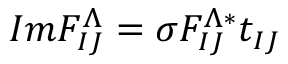
I m { \cal F } _ { I J } ^ { \Lambda } = \sigma { \cal F } _ { I J } ^ { \Lambda * } t _ { I J }